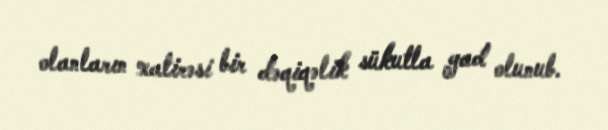
olanların xatirəsi bir dəqiqəlik sükutla yad olunub.